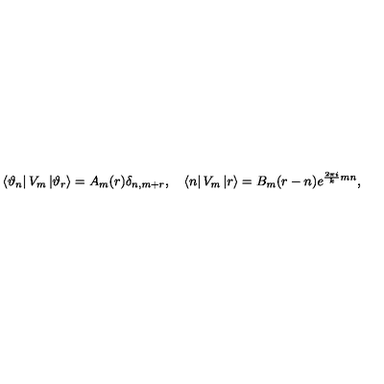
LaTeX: \left\langle \vartheta _ { n } \right| V _ { m } \left| \vartheta _ { r } \right\rangle = A _ { m } ( r ) \delta _ { n , m + r } , \quad \left\langle n \right| V _ { m } \left| r \right\rangle = B _ { m } ( r - n ) e ^ { \frac { 2 \pi i } { k } m n } ,